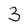
Character: 3